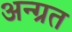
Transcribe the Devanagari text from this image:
अन्ग्रत